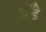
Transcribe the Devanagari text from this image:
ग्रॅंडे